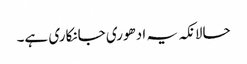
حالانکہ یہ ادھوری جانکاری ہے۔